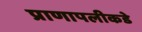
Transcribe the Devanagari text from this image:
प्राणापलीकडे